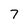
Character: 7